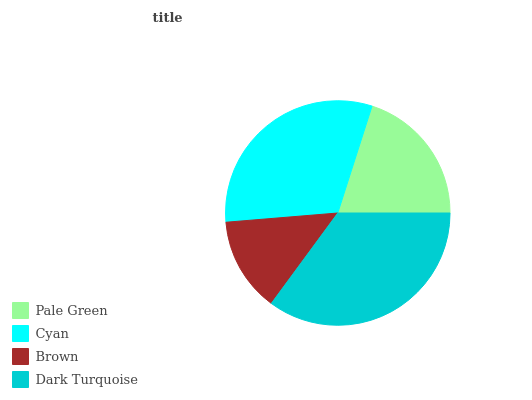
| Pale Green | Cyan | Brown | Dark Turquoise |
 | --- | --- | --- | --- |
 | 20.1% | 31.2% | 13.6% | 35.1% |